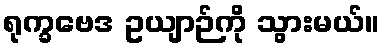
ရုက္ခဗေဒ ဥယျာဉ်ကို သွားမယ်။